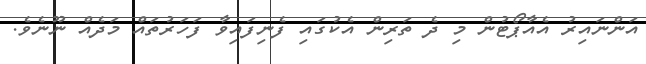
އަންނައިރު އެއާޕޯޓުން މި ދެ ތަރިން އެކުގައި ފެނިފައިވާ ފަހަރުތައް މަދެއް ނޫނެވެ.